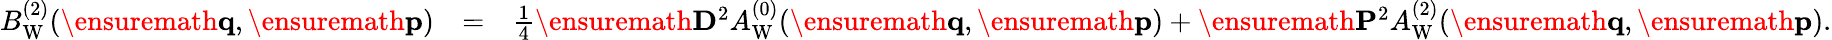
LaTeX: \begin{array}{rlr}{B_{\mathrm{W}}^{(2)}(\ensuremath{\mathbf{q}},\ensuremath{\mathbf{p}})}&{=}&{\frac{1}{4}\ensuremath{\mathbf{D}}^{2}A_{\mathrm{W}}^{(0)}(\ensuremath{\mathbf{q}},\ensuremath{\mathbf{p}})+\ensuremath{\mathbf{P}}^{2}A_{\mathrm{W}}^{(2)}(\ensuremath{\mathbf{q}},\ensuremath{\mathbf{p}}).}\end{array}